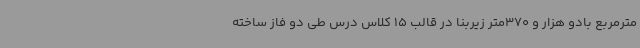
مترمربع بادو هزار و 370متر زیربنا در قالب 15 کلاس درس طی دو فاز ساخته